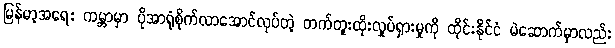
မြန်မာ့အရေး ကမ္ဘာမှာ ပိုအာရုံစိုက်လာအောင်လုပ်တဲ့ တက်တူးထိုးလှုပ်ရှားမှုကို ထိုင်းနိုင်ငံ မဲဆောက်မှာလည်း